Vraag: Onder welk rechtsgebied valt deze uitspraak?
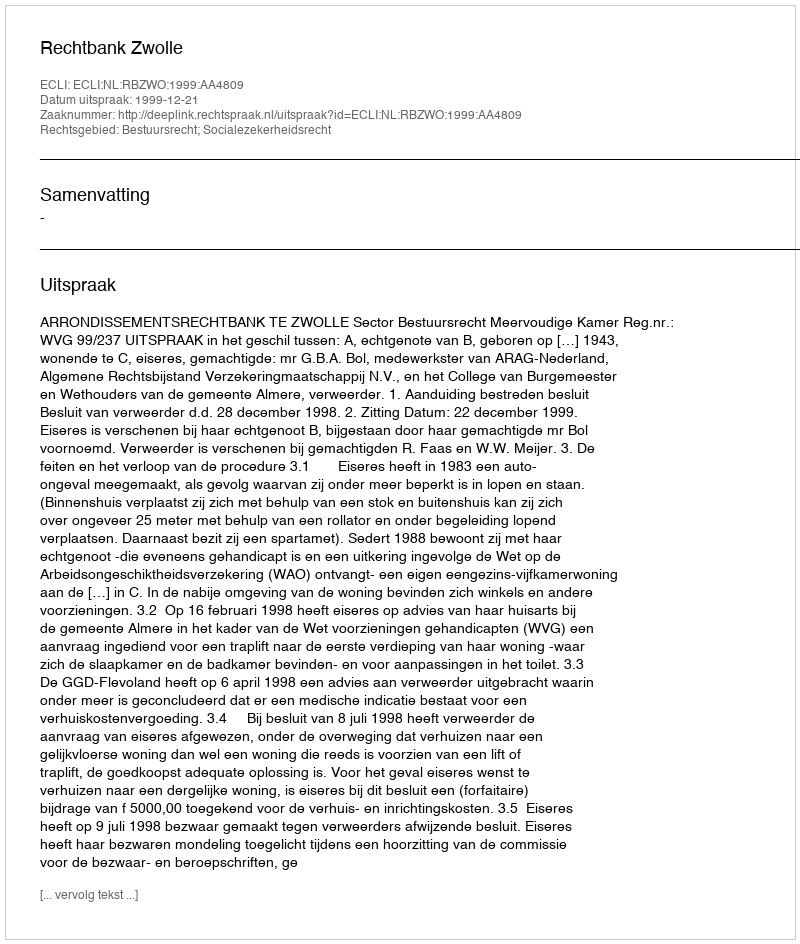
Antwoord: Bestuursrecht; Socialezekerheidsrecht